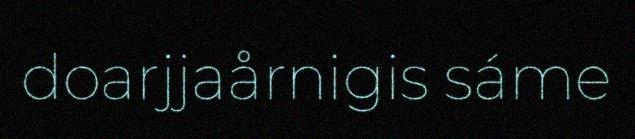
doarjjaårnigis sáme